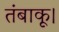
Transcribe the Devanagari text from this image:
तंबाकू।